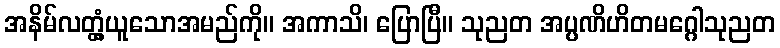
အနိမ်လတ္တံ့ယူသောအမည်ကို။ အကာသိ၊ ပြောပြီ။ သုညတ အပ္ပဏိဟိတမဂ္ဂေါသုညတ